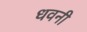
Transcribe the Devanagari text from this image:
धवनी